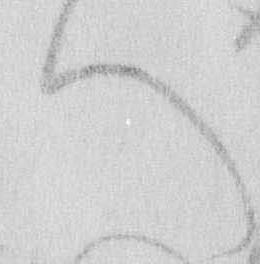
へ